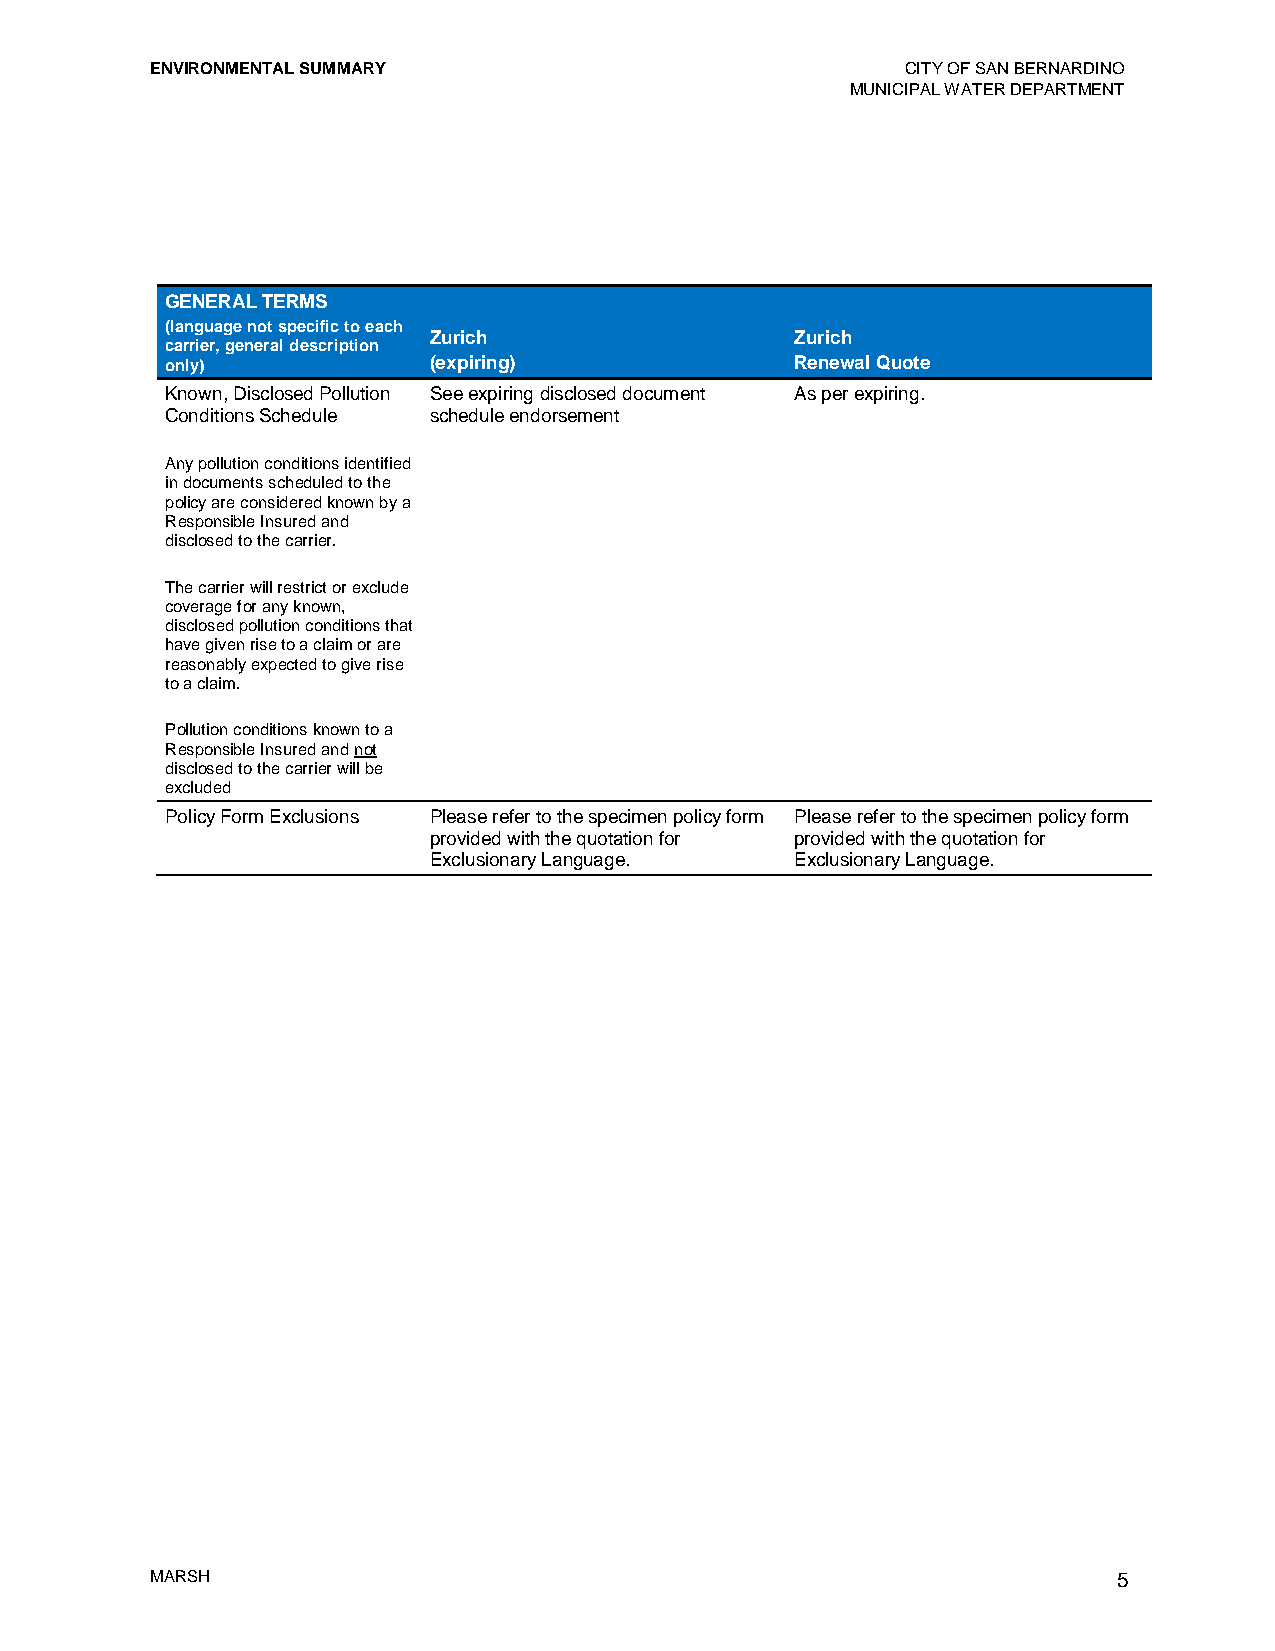
ENVIRONMENTAL SUMMARY                             CITY OF SAN BERNARDINO
 MUNICIPAL WATER DEPARTMENT
 GENERAL TERMS
 (language not specific to each
 Zurich                   Zurich
 carrier, general description
 only)            (expiring)               Renewal Quote
 Known, Disclosed Pollution See expiring disclosed document As per expiring.
 Conditions Schedule schedule endorsement
 Any pollution conditions identified
 in documents scheduled to the
 policy are considered known by a
 Responsible Insured and
 disclosed to the carrier.
 The carrier will restrict or exclude
 coverage for any known,
 disclosed pollution conditions that
 have given rise to a claim or are
 reasonably expected to give rise
 to a claim.
 Pollution conditions known to a
 Responsible Insured and not
 disclosed to the carrier will be
 excluded
 Policy Form Exclusions Please refer to the specimen policy form Please refer to the specimen policy form
 provided with the quotation for provided with the quotation for
 Exclusionary Language.   Exclusionary Language.
 MARSH                                                           5